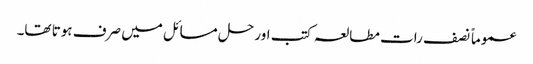
عموماً نصف رات مطالعہ کتب اور حل مسائل میں صرف ہوتا تھا۔